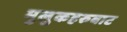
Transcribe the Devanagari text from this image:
मुलुकहरुबाट